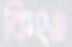
কিংও